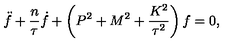
\ddot { f } + \frac { n } { \tau } \dot { f } + \left( P ^ { 2 } + M ^ { 2 } + \frac { K ^ { 2 } } { \tau ^ { 2 } } \right) f = 0 ,